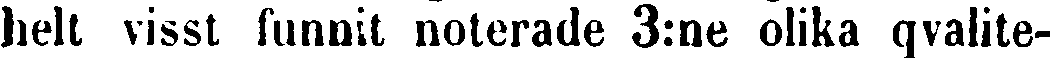
helt visst funnit noterade 3:ne olika qvalite-